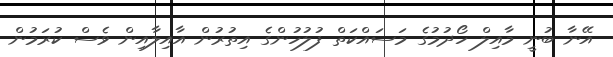
އޭނާ ބުނީ މާއިލް ހޯދުމުގެ މަސައްކަތް ފުލުހުންގެ އިތުރުން އާއިލާއިން ވެސް ކުރަމުން